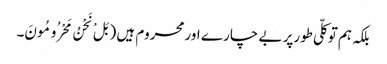
بلکہ ہم توکلّی طورپر بے چار ے اورمحروم ہیں ( بَلْ نَحْنُ مَحْرُومُونَ۔